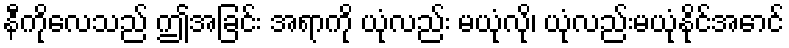
နီကိုလေသည် ဤအခြင်း အရာကို ယုံလည်း မယုံလို၊ ယုံလည်းမယုံနိုင်အောင်